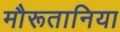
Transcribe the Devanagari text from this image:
मौरूतानिया